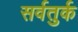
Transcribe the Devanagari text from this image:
सर्वतुर्क